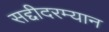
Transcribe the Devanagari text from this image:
सद्दीदरम्यान